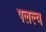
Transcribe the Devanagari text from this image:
पलल्व